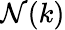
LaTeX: \mathcal{N}(k)